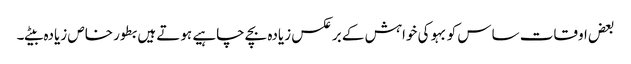
بعض اوقات ساس کو بہو کی خواہش کے برعکس زیادہ بچے چاہیے ہوتے ہیں بطور خاص زیادہ بیٹے۔